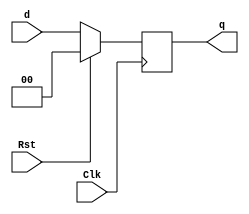
`timescale 1ns / 1ps
//////////////////////////////////////////////////////////////////////////////////
// Module Name: REG
// Group: amarnathajay_ankurlimaye
//////////////////////////////////////////////////////////////////////////////////


module REG( d, Clk, Rst, q );

    parameter DATAWIDTH = 2;
    input [DATAWIDTH-1:0] d;
    input Clk, Rst;
    output reg [DATAWIDTH-1:0] q;
    
    always @ ( posedge Clk ) begin
        q <= 0;
        if (Rst == 1) begin
            q <= 0;
        end
        else if ( Rst == 0 ) begin
            q <= d;
        end
    end
endmodule